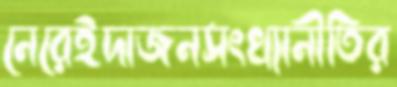
নেরেইদাজনসংখ্যানীতির